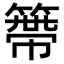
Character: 𥲭